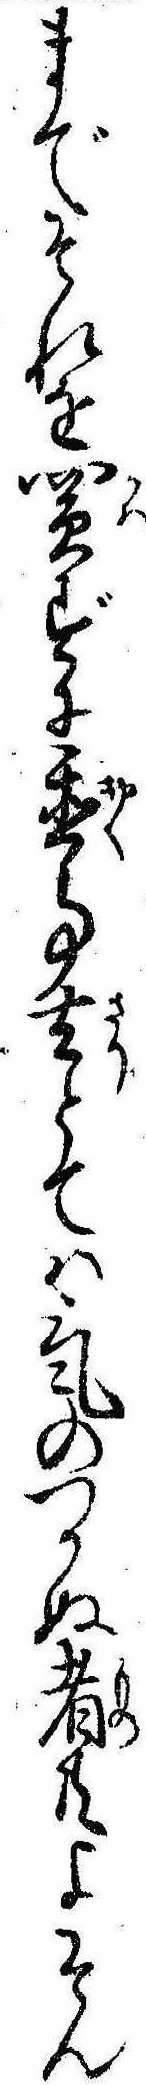
までそれを買ずに置事去とては気のつかぬ者共よそん